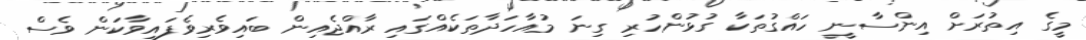
މީގެ އިތުރަށް އިންސާނީ ހައްގުތަކާ ގުޅުންހުރި ގިނަ މުއާހަދާތަކެއްގައި ރާއްޖެއިން ބައިވެރިވެފައިވާކަން ވެސް